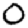
Digit: 0